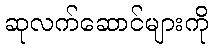
ဆုလက်ဆောင်များကို